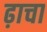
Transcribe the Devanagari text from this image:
ढ़ाचा